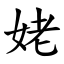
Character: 姥